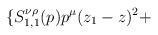
\begin{align*}\{ S_{1,1}^{ \nu \rho }(p)p^\mu(z_1-z)^2 +\end{align*}